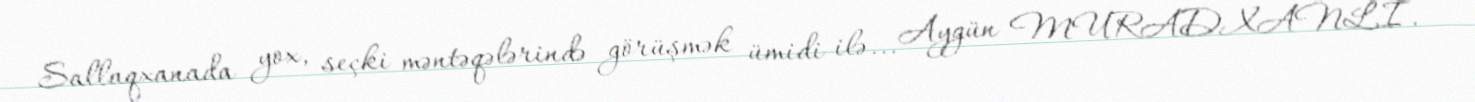
Sallaqxanada yox, seçki məntəqələrində görüşmək ümidi ilə... Aygün MURADXANLI.